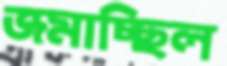
জমাচ্ছিল